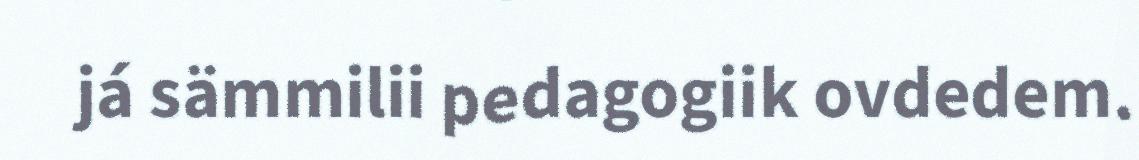
já sämmilii pedagogiik ovdedem.